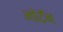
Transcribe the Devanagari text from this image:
मोर्टॅन